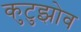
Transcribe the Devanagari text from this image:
कुटुझोव